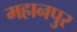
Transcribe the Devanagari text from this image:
महानपुर